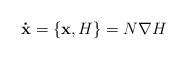
LaTeX: \begin{align*}\mathbf{\dot{x}}=\left\{ \mathbf{x},H\right\} =N\nabla H \end{align*}